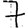
Digit: 7